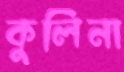
কুলিনা